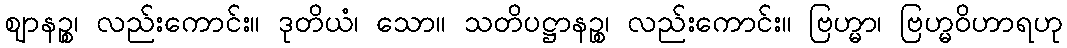
ဈာနဉ္စ၊ လည်းကောင်း။ ဒုတိယံ၊ သော။ သတိပဋ္ဌာနဉ္စ၊ လည်းကောင်း။ ဗြဟ္မာ၊ ဗြဟ္မဝိဟာရဟု